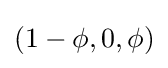
(1-\phi ,0,\phi )